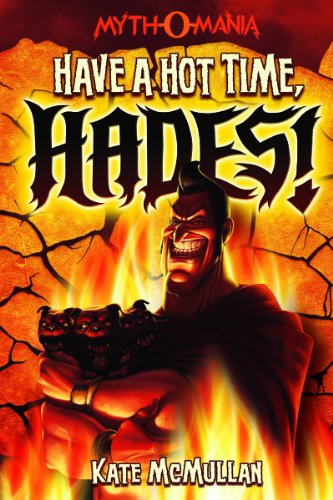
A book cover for Have a Hot Time, Hades! (Myth-O-Mania); Kate McMullan; Children's Books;